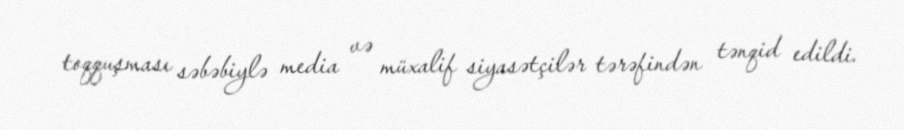
toqquşması səbəbiylə media və müxalif siyasətçilər tərəfindən tənqid edildi.